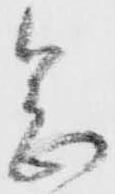
念